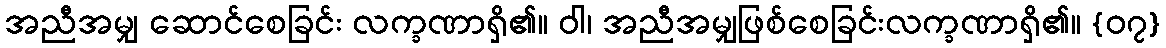
အညီအမျှ ဆောင်စေခြင်း လက္ခဏာရှိ၏။ ဝါ၊ အညီအမျှဖြစ်စေခြင်းလက္ခဏာရှိ၏။ {၀၇}